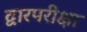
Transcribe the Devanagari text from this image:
द्वारपरीक्षा